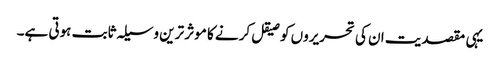
یہی مقصدیت ان کی تحریروں کو صیقل کرنے کا موثر ترین وسیلہ ثابت ہوتی ہے۔